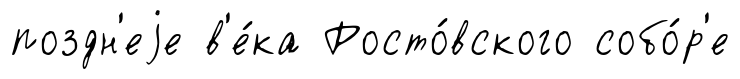
поздн'еjе в'е́ка Росто́вского собо́р'е